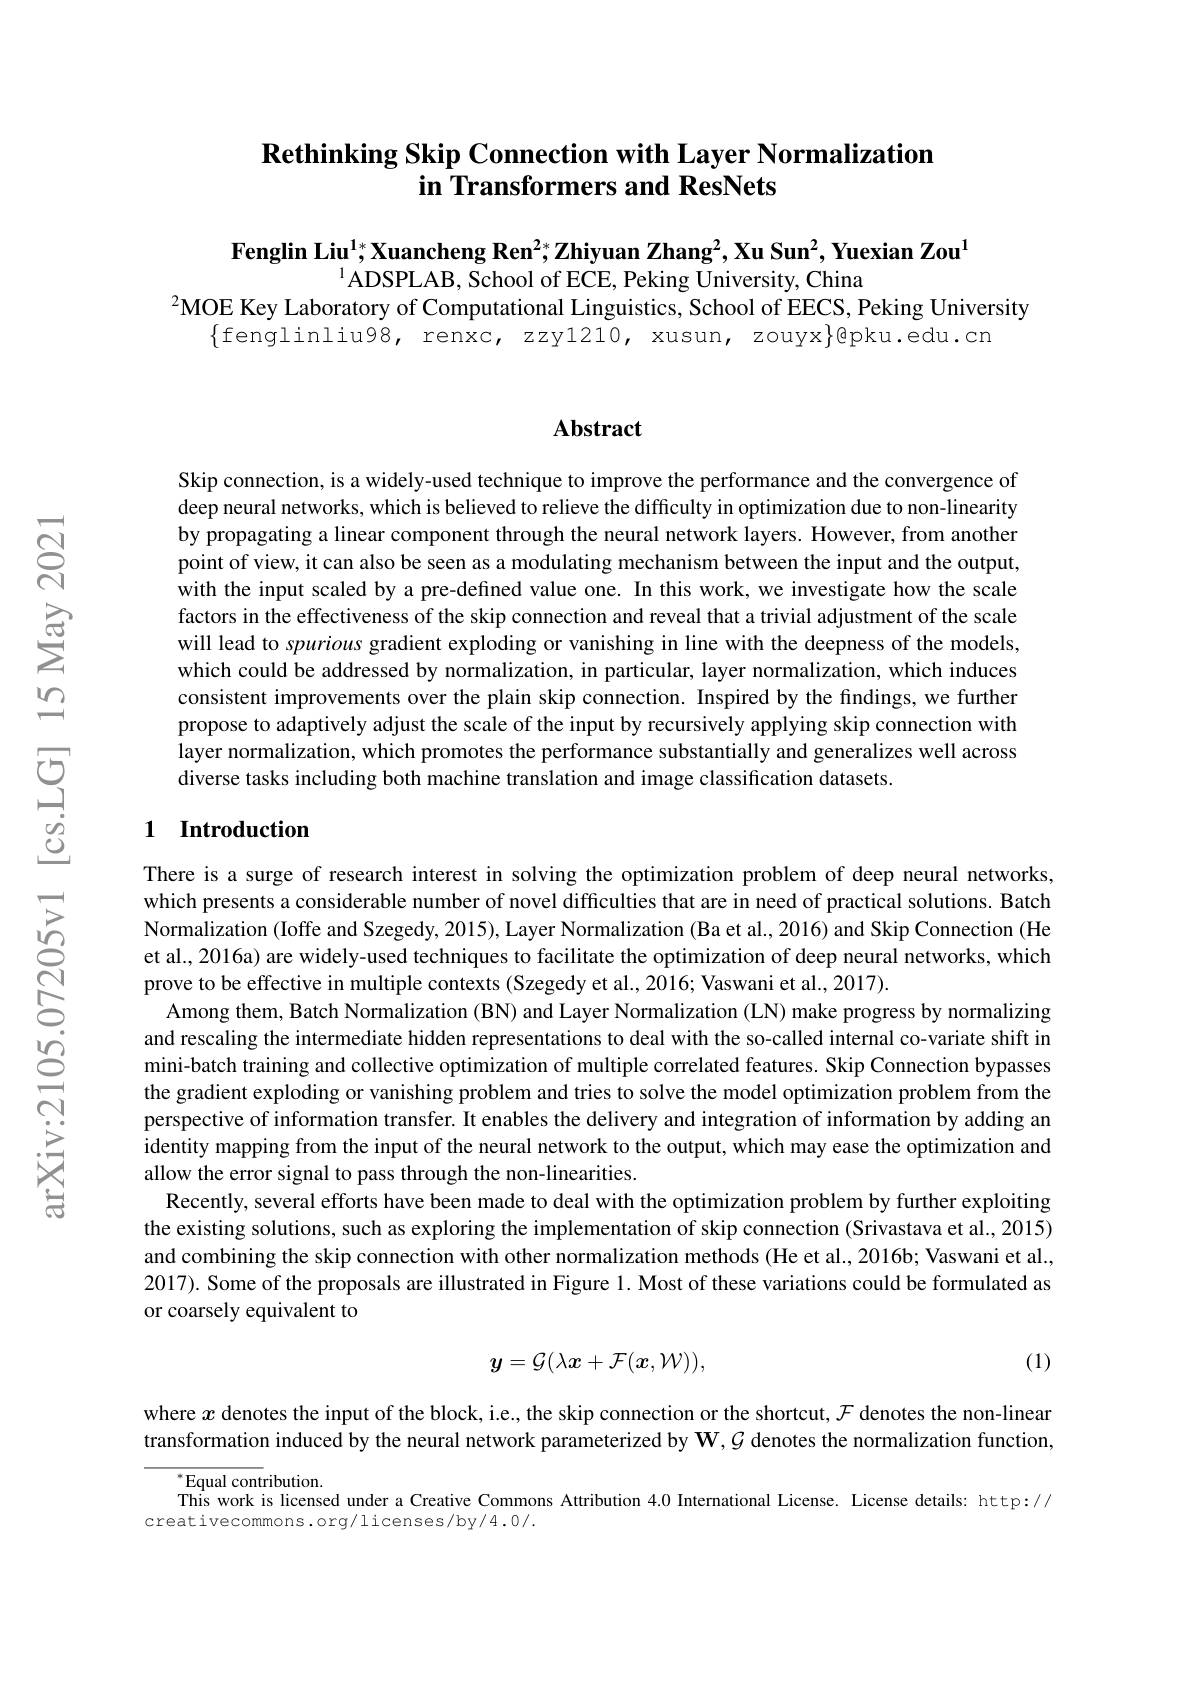
### $\textbf{Rethinking Skip Connection with Layer Normalization}$ in Transformers and ResNets

$\textbf{Fenglin Liu}^{1*}$Xuancheng Ren$^2*\textbf{Zhiyuan Zhang}^2,\textbf{Xu Sun}^2,\textbf{Yuexian Zou}^1$
$^{1}$ADSPLAB, School of ECE, Peking University, China
$^{2}$MOE Key Laboratory of Computational Linguistics, School of EECS, Peking University
$\{$fenglinliu98, renxc, zzyl210, xusun, zouyx$\}$@pku.edu.cr

## Abstract

Skip connection, is a widely-used technique to improve the performance and the convergence of deep neural networks, which is believed to relieve the difficulty in optimization due to non-linearity by propagating a linear component through the neural network layers. However, from another point of view, it can also be seen as a modulating mechanism between the input and the output, with the input scaled by a pre-defined value one. In this work, we investigate how the scale factors in the effectiveness of the skip connection and reveal that a trivial adjustment of the scale will lead to spurious gradient exploding or vanishing in line with the deepness of the models, which could be addressed by normalization, in particular, layer normalization, which induces consistent improvements over the plain skip connection. Inspired by the findings, we further propose to adaptively adjust the scale of the input by recursively applying skip connection with layer normalization, which promotes the performance substantially and generalizes well across diverse tasks including both machine translation and image classification datasets

## 1 Introduction

There is a surge of research interest in solving the optimization problem of deep neural networks, which presents a considerable number of novel difficulties that are in need of practical solutions. Batch Normalization (Ioffe and Szegedy, 2015), Layer Normalization (Ba et al., 2016) and Skip Connection (He et al., 2016a) are widely-used techniques to facilitate the optimization of deep neural networks, which prove to be effective in multiple contexts (Szegedy et al., 2016; Vaswani et al., 2017).
Among them, Batch Normalization (BN) and Layer Normalization (LN) make progress by normalizing and rescaling the intermediate hidden representations to deal with the so-called internal co-variate shift in mini-batch training and collective optimization of multiple correlated features. Skip Connection bypasses the gradient exploding or vanishing problem and tries to solve the model optimization problem from the perspective of information transfer. It enables the delivery and integration of information by adding an identity mapping from the input of the neural network to the output, which may ease the optimization and allow the error signal to pass through the non-linearities.
Recently, several efforts have been made to deal with the optimization problem by further exploiting the existing solutions, such as exploring the implementation of skip connection (Srivastava et al., 2015) and combining the skip connection with other normalization methods (He et al., 2016b; Vaswani et al., 2017). Some of the proposals are illustrated in Figure 1. Most of these variations could be formulated as or coarsely equivalent to

(1)
$$y=\mathcal{G}(\lambda x+\mathcal{F}(x,\mathcal{W})),$$
where $x$ denotes the input of the block, i.e., the skip connection or the shortcut, $\mathcal{F}$ denotes the non-linear transformation induced by the neural network parameterized by $\mathbf{W},\mathcal{G}$ denotes the normalization function.

$^{*}$Equal contribution.
This work is licensed under a Creative Commons Attribution 4.0 International License. License details: http://
creativecommons.org/licenses/by/4.0/.